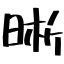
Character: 晰